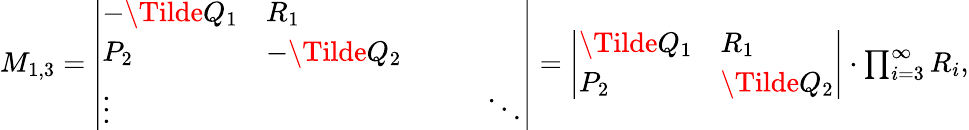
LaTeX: \begin{array}{r}{M_{1,3}=\left|\begin{array}{lllll}{-\Tilde{Q}_{1}}&{R_{1}}&{}&{}&{}\\ {P_{2}}&{-\Tilde{Q}_{2}}&{}&{}\\ {\vdots}&{}&{}&{}&{\ddots}\end{array}\right|=\left|\begin{array}{ll}{\Tilde{Q}_{1}}&{R_{1}}\\ {P_{2}}&{\Tilde{Q}_{2}}\end{array}\right|\cdot\prod_{i=3}^{\infty}R_{i},}\end{array}